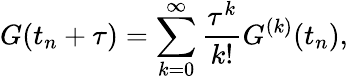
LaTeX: G(t_{n}+\tau)=\sum_{k=0}^{\infty}\frac{\tau^{k}}{k!}G^{(k)}(t_{n}),